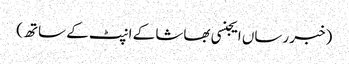
(خبر رساں ایجنسی بھاشا کے انپٹ کے ساتھ)